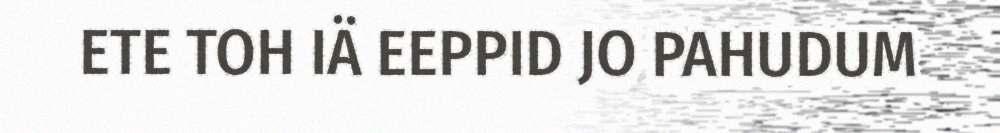
ETE TOH IÄ EEPPID JO PAHUDUM